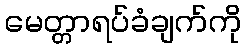
မေတ္တာရပ်ခံချက်ကို